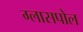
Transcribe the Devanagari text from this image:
ग्लासपोल